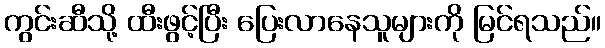
ကွင်းဆီသို့ ထီးဖွင့်ပြီး ပြေးလာနေသူများကို မြင်ရသည်။